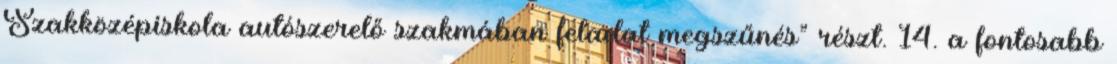
Szakközépiskola autószerelő szakmában feladat megszűnés” részt. 14. a fontosabb